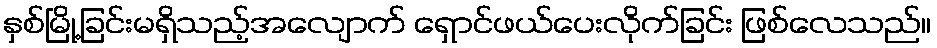
နှစ်မြို့ခြင်းမရှိသည့်အလျောက် ရှောင်ဖယ်ပေးလိုက်ခြင်း ဖြစ်လေသည်။